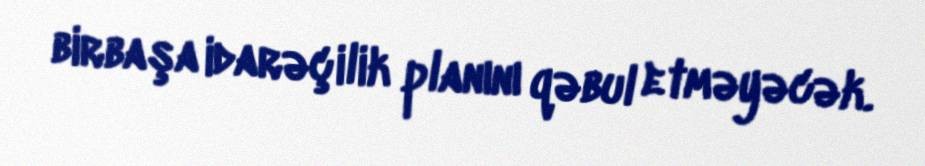
birbaşa idarəçilik planını qəbul etməyəcək.